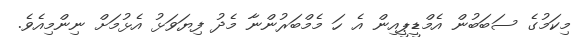
މިކަމުގެ ސަބަބުން އެމްޑީޕީއިން އެ ހަ މެމްބަރުންނާ މެދު ފިޔަވަޅު އެޅުމަށް ނިންމިއެވެ.